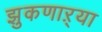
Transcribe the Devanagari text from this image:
झुकणाऱ्या